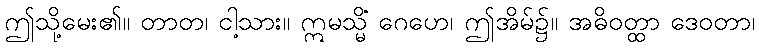
ဤသို့မေး၏။ တာတ၊ ငါ့သား။ ဣမသ္မိံ ဂေဟေ၊ ဤအိမ်၌။ အဓိဝတ္ထာ ဒေဝတာ၊